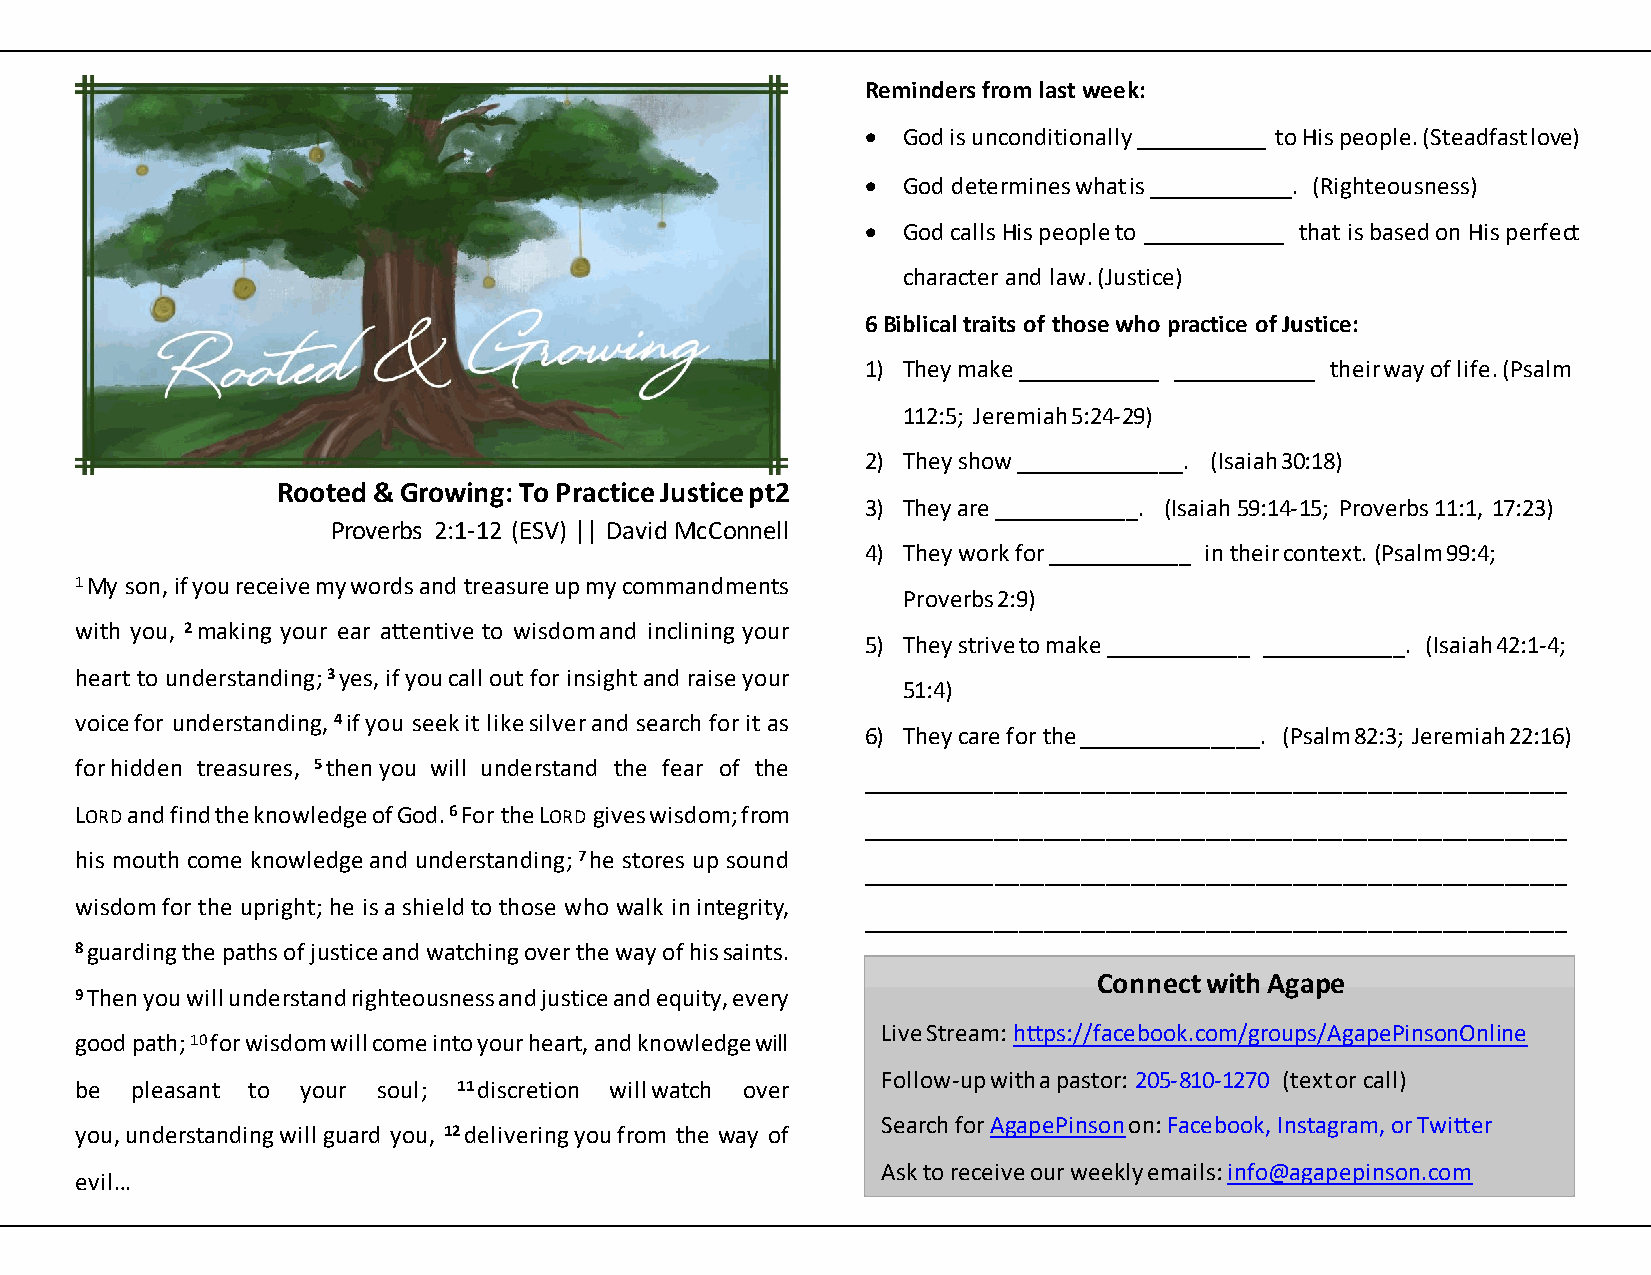
Reminders from last week:
 •  God is unconditionally ___________ to His people. (Steadfast love)
 •  God determines what is ____________. (Righteousness)
 •  God calls His people to ____________ that is based on His perfect
 character and law. (Justice)
 6 Biblical traits of those who practice of Justice:
 1) They make ____________ ____________ their way of life. (Psalm
 112:5; Jeremiah 5:24-29)
 2) They show ______________. (Isaiah 30:18)
 Rooted & Growing: To Practice Justice pt2
 3) They are ____________. (Isaiah 59:14-15; Proverbs 11:1, 17:23)
 Proverbs 2:1-12 (ESV) || David McConnell
 4) They work for ____________ in their context. (Psalm 99:4;
 1 My son, if you receive my words and treasure up my commandments
 Proverbs 2:9)
 with you, 2 making your ear attentive to wisdom and inclining your
 5) They strive to make ____________ ____________. (Isaiah 42:1-4;
 heart to understanding; 3 yes, if you call out for insight and raise your
 51:4)
 voice for understanding, 4 if you seek it like silver and search for it as
 6) They care for the _______________. (Psalm 82:3; Jeremiah 22:16)
 for hidden treasures, 5 then you will understand the fear of the
 _________________________________________________________
 LORD and find the knowledge of God. 6 For the LORD gives wisdom; from
 _________________________________________________________
 his mouth come knowledge and understanding; 7 he stores up sound
 _________________________________________________________
 wisdom for the upright; he is a shield to those who walk in integrity,
 _________________________________________________________
 8 guarding the paths of justice and watching over the way of his saints.
 Connect with Agape
 9 Then you will understand righteousness and justice and equity, every
 Live Stream: https://facebook.com/groups/AgapePinsonOnline
 good path; 10 for wisdom will come into your heart, and knowledge will
 Follow-up with a pastor: 205-810-1270 (text or call)
 be  pleasant to your soul; 11 discretion will watch over
 Search for AgapePinson on: Facebook, Instagram, or Twitter
 you, understanding will guard you, 12 delivering you from the way of
 Ask to receive our weekly emails: info@agapepinson.com
 evil…
 Internal Use